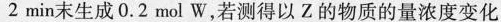
2min末生成0.2mol W，若测得以Z的物质的量浓度变化